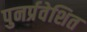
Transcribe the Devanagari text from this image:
पुनर्प्रवेशित